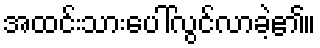
အထင်းသားပေါ်လွင်လာခဲ့၏။